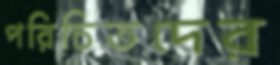
পরিচিতদের